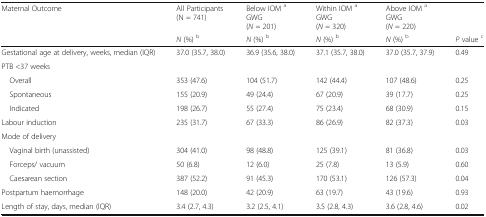
<table><thead><tr><td><b>Maternal Outcome</b></td><td><b>All Participants(N = 741)</b></td><td><b>Below IOM <sup>a</sup>GWG(<i>N</i> = 201)</b></td><td><b>Within IOM <sup>a</sup>GWG(<i>N</i> = 320)</b></td><td><b>Above IOM <sup>a</sup>GWG(<i>N</i> = 220)</b></td><td></td></tr><tr><td></td><td><b><i>N</i> (%) <sup>b</sup></b></td><td><b><i>N</i> (%) <sup>b</sup></b></td><td><b><i>N</i> (%) <sup>b</sup></b></td><td><b><i>N</i> (%) <sup>b</sup></b></td><td><b><i>P</i> value <sup>c</sup></b></td></tr></thead><tbody><tr><td>Gestational age at delivery, weeks, median (IQR)</td><td>37.0 (35.7, 38.0)</td><td>36.9 (35.6, 38.0)</td><td>37.1 (35.7, 38.0)</td><td>37.0 (35.7, 37.9)</td><td>0.49</td></tr><tr><td colspan="6">PTB &lt;37 weeks</td></tr><tr><td> Overall</td><td>353 (47.6)</td><td>104 (51.7)</td><td>142 (44.4)</td><td>107 (48.6)</td><td>0.25</td></tr><tr><td> Spontaneous</td><td>155 (20.9)</td><td>49 (24.4)</td><td>67 (20.9)</td><td>39 (17.7)</td><td>0.25</td></tr><tr><td> Indicated</td><td>198 (26.7)</td><td>55 (27.4)</td><td>75 (23.4)</td><td>68 (30.9)</td><td>0.15</td></tr><tr><td>Labour induction</td><td>235 (31.7)</td><td>67 (33.3)</td><td>86 (26.9)</td><td>82 (37.3)</td><td>0.03</td></tr><tr><td colspan="6">Mode of delivery</td></tr><tr><td> Vaginal birth (unassisted)</td><td>304 (41.0)</td><td>98 (48.8)</td><td>125 (39.1)</td><td>81 (36.8)</td><td>0.03</td></tr><tr><td> Forceps/ vacuum</td><td>50 (6.8)</td><td>12 (6.0)</td><td>25 (7.8)</td><td>13 (5.9)</td><td>0.60</td></tr><tr><td> Caesarean section</td><td>387 (52.2)</td><td>91 (45.3)</td><td>170 (53.1)</td><td>126 (57.3)</td><td>0.04</td></tr><tr><td>Postpartum haemorrhage</td><td>148 (20.0)</td><td>42 (20.9)</td><td>63 (19.7)</td><td>43 (19.6)</td><td>0.93</td></tr><tr><td>Length of stay, days, median (IQR)</td><td>3.4 (2.7, 4.3)</td><td>3.2 (2.5, 4.1)</td><td>3.5 (2.8, 4.3)</td><td>3.6 (2.8, 4.6)</td><td>0.02</td></tr></tbody></table>